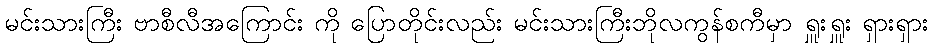
မင်းသားကြီး ဗာစီလီအကြောင်း ကို ပြောတိုင်းလည်း မင်းသားကြီးဘိုလကွန်စကီမှာ ရှူးရှူး ရှားရှား